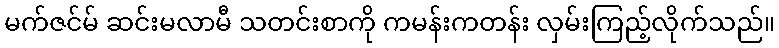
မက်ဇင်မ် ဆင်းမလာမီ သတင်းစာကို ကမန်းကတန်း လှမ်းကြည့်လိုက်သည်။